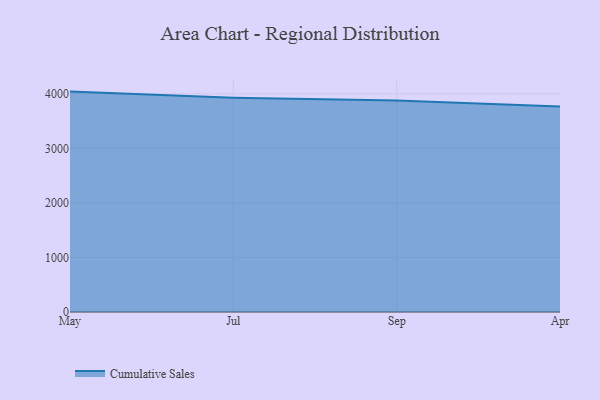
{"axis": {"x": "Month", "y": "Backlog"}, "legend": ["Cumulative Sales"], "data": [{"x": "May", "y": 4040.9, "type": "Cumulative Sales"}, {"x": "Jul", "y": 3930.2, "type": "Cumulative Sales"}, {"x": "Sep", "y": 3879.2, "type": "Cumulative Sales"}, {"x": "Apr", "y": 3767.5, "type": "Cumulative Sales"}]}